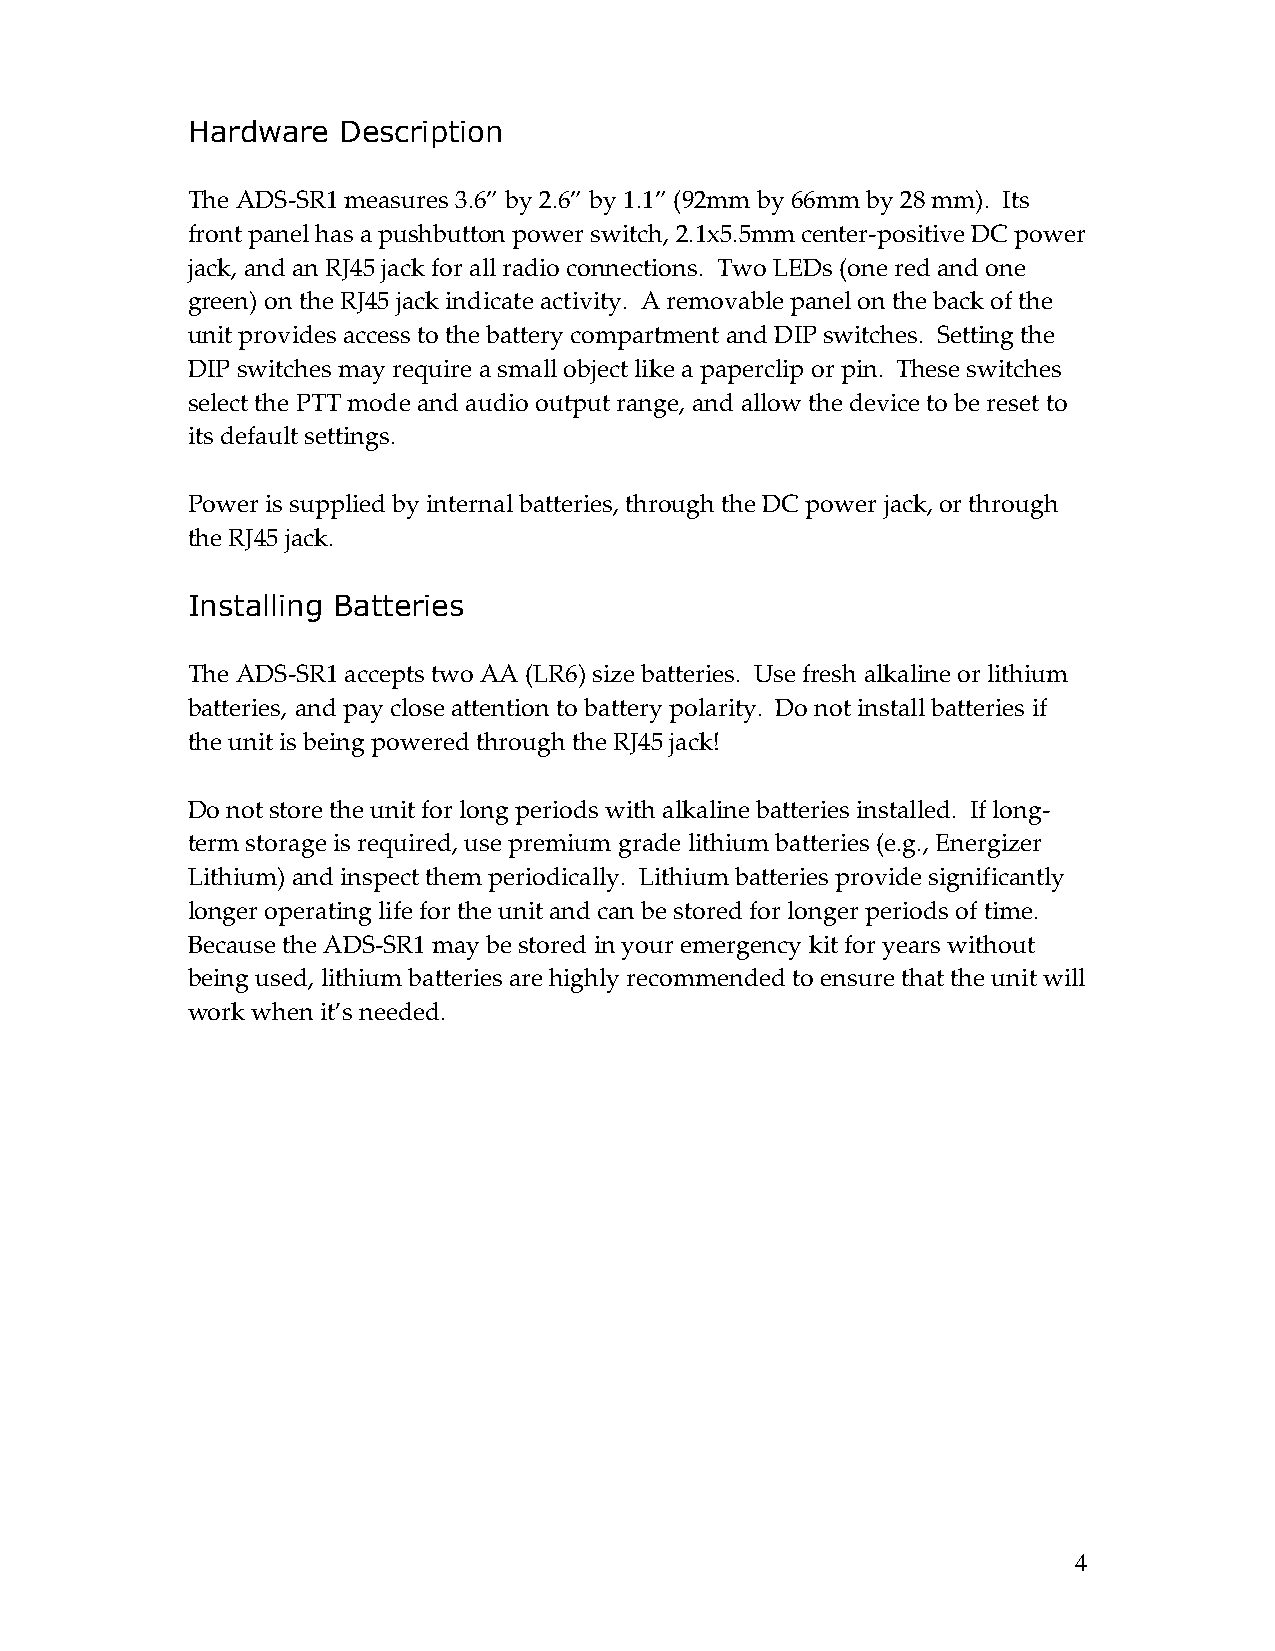
Hardware  Description
 The ADS-SR1 measures 3.6” by 2.6” by 1.1” (92mm by 66mm by 28 mm). Its
 front panel has a pushbutton power switch, 2.1x5.5mm center-positive DC power
 jack, and an RJ45 jack for all radio connections. Two LEDs (one red and one
 green) on the RJ45 jack indicate activity. A removable panel on the back of the
 unit provides access to the battery compartment and DIP switches. Setting the
 DIP switches may require a small object like a paperclip or pin. These switches
 select the PTT mode and audio output range, and allow the device to be reset to
 its default settings.
 Power is supplied by internal batteries, through the DC power jack, or through
 the RJ45 jack.
 Installing Batteries
 The ADS-SR1 accepts two AA (LR6) size batteries. Use fresh alkaline or lithium
 batteries, and pay close attention to battery polarity. Do not install batteries if
 the unit is being powered through the RJ45 jack!
 Do not store the unit for long periods with alkaline batteries installed. If long-
 term storage is required, use premium grade lithium batteries (e.g., Energizer
 Lithium) and inspect them periodically. Lithium batteries provide significantly
 longer operating life for the unit and can be stored for longer periods of time.
 Because the ADS-SR1 may be stored in your emergency kit for years without
 being used, lithium batteries are highly recommended to ensure that the unit will
 work when it’s needed.
 4